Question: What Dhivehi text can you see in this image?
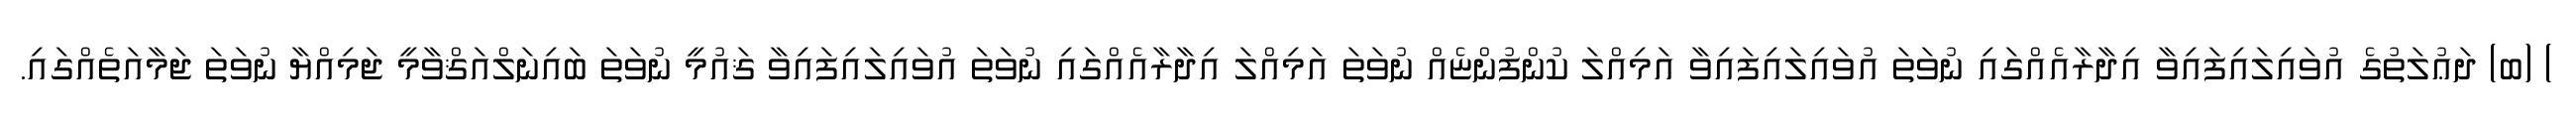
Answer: ) (ބ) ދަޢުލަތުގެ އުވައިލައިފައިވާ އިދާރާއެއްގައި ނުވަތަ އުވައިލައިފައިވާ އަމިއްލަ ކުންފުންޏެއް ނުވަތަ އަމިއްލަ އިދާރާއެއްގައި ނުވަތަ އުވައިލައިފައިވާ ޤައުމީ ނުވަތަ ބައިނަލްއަޤްވާމީ ޖަމިއްޔާ ނުވަތަ ޖަމާއަތެއްގައި.